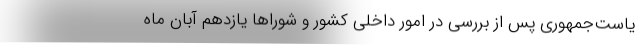
یاست‌جمهوری پس از بررسی در امور داخلی کشور و شوراها یازدهم آبان ماه